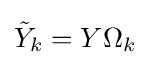
{\tilde {Y}}_{k}=Y\Omega _{k}